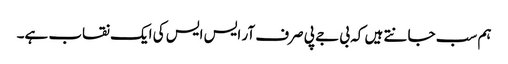
ہم سب جانتے ہیں کہ بی جے پی صرف آر ایس ایس کی ایک نقاب ہے۔